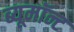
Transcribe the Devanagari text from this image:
ब्यूमॉन्ट